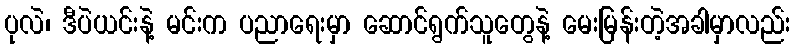
ပုလဲ၊ ဒီပဲယင်းနဲ့ မင်းက ပညာရေးမှာ ဆောင်ရွက်သူတွေနဲ့ မေးမြန်းတဲ့အခါမှာလည်း